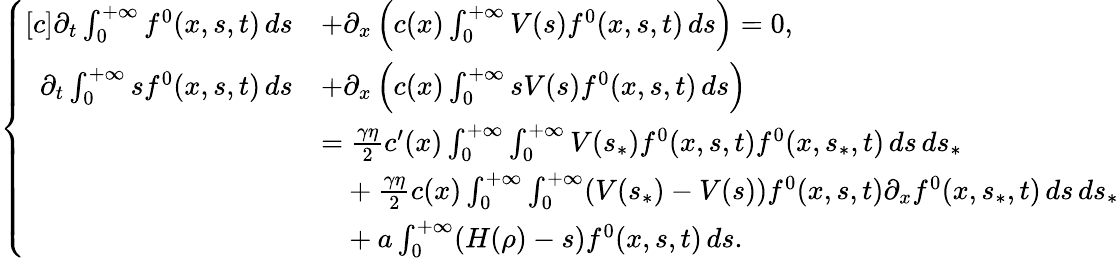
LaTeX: \begin{array}{r}{\left\{ \begin{array}{rl}{[c]\partial_{t}\int_{0}^{+\infty}f^{0}(x,s,t)\, ds}&{+\partial_{x}\left(c(x)\int_{0}^{+\infty}V(s)f^{0}(x,s,t)\, ds\right)=0,}\\ {\partial_{t}\int_{0}^{+\infty}sf^{0}(x,s,t)\, ds}&{+\partial_{x}\left(c(x)\int_{0}^{+\infty}sV(s)f^{0}(x,s,t)\, ds\right)}\\ &{=\frac{\gamma\eta}{2}c^{\prime}(x)\int_{0}^{+\infty}\int_{0}^{+\infty}V(s_{\ast})f^{0}(x,s,t)f^{0}(x,s_{\ast},t)\, ds\, ds_{\ast}}\\ &{\phantom{=}+\frac{\gamma\eta}{2}c(x)\int_{0}^{+\infty}\int_{0}^{+\infty}(V(s_{\ast})-V(s))f^{0}(x,s,t)\partial_{x}f^{0}(x,s_{\ast},t)\, ds\, ds_{\ast}}\\ &{\phantom{=}+a\int_{0}^{+\infty}(H(\rho)-s)f^{0}(x,s,t)\, ds.}\end{array}\right.}\end{array}